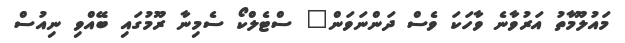
މައުލޫމާތު އަރުވާނެ ވާހަކަ ވެސް ދަންނަވަން" ސްޓެލްކޯ ސެމިނާ ރޫމުގައި ބޭއްވި ނިއުސް